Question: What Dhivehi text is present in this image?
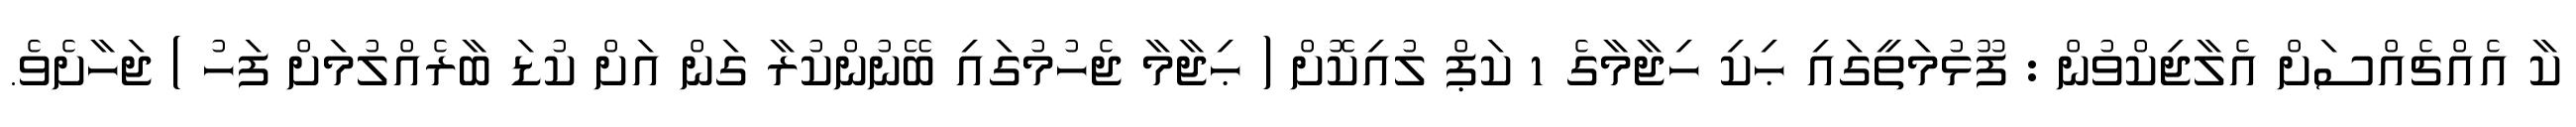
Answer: ކާ އެއްޗެއްސަށް އެލާޖިކްވުން : ފޫޅުމަތީގައި ޙިކި ހިޖާމާގެ 1 ކަޕް ލުއިކޮށް ( ޙިޖާމާ ޖެހުމުގައި ބޭނުންކުރާ ގަން އަށް ކުޑަ ބާރެއްލުމަށް ފަހު ) ޖަހާށެވެ.